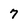
Character: 7